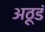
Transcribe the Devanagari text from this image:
अठूडं